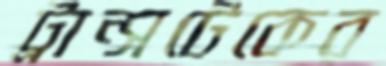
ট্রান্সটেকের